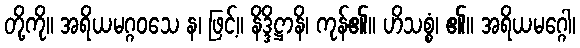
တို့ကို။ အရိယမဂ္ဂဝသေ န၊ ဖြင့်။ နိဒ္ဒိဋ္ဌာနိ၊ ကုန်၏။ ဟိသစ္စံ၊ ၏။ အရိယမဂ္ဂေါ၊